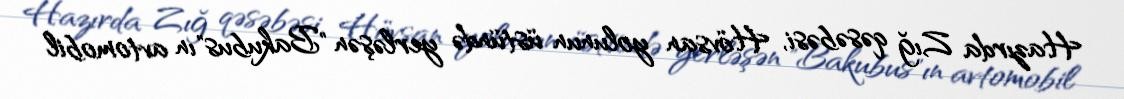
Hazırda Zığ qəsəbəsi, Hövsan yolunun üstündə yerləşən "Bakubus"ın avtomobil